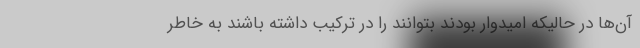
آن‌ها در حالیکه امیدوار بودند بتوانند را در ترکیب داشته باشند به خاطر